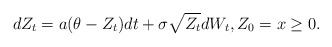
\begin{align*} dZ_{t}=a(\theta-Z_{t})dt +\sigma \sqrt{Z_{t}}dW_{t}, Z_0=x\geq 0. \end{align*}